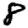
Digit: 8